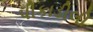
પીકાડીલી